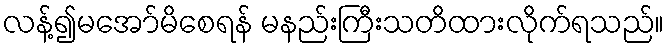
လန့်၍မအော်မိစေရန် မနည်းကြီးသတိထားလိုက်ရသည်။